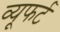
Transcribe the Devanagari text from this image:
व्यूफर्ट